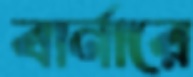
বার্নারে